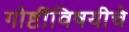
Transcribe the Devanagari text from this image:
गोष्टींविषयीचे